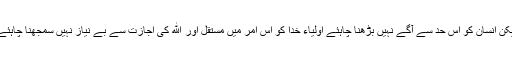
لیکن انسان کو اس حد سے آگے نہیں بڑھنا چاہئے اولیاء خدا کو اس امر میں مستقل اور الله کی اجازت سے بے نیاز نہیں سمجھنا چاہئے۔